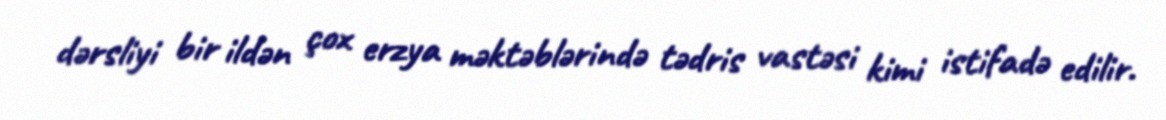
dərsliyi bir ildən çox erzya məktəblərində tədris vastəsi kimi istifadə edilir.